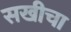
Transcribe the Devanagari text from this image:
सखीचा